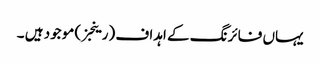
یہاں فائرنگ کے اہداف (رینجز) موجود ہیں ۔